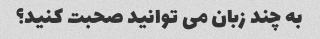
به چند زبان می توانید صحبت کنید؟